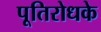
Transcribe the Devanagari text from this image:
पूतिरोधके